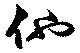
他